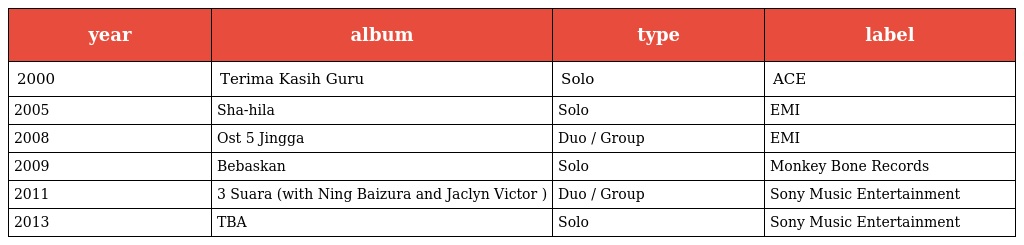
| year | album | type | label |
 | --- | --- | --- | --- |
 | 2000 | Terima Kasih Guru | Solo | ACE |
 | 2005 | Sha-hila | Solo | EMI |
 | 2008 | Ost 5 Jingga | Duo / Group | EMI |
 | 2009 | Bebaskan | Solo | Monkey Bone Records |
 | 2011 | 3 Suara (with Ning Baizura and Jaclyn Victor ) | Duo / Group | Sony Music Entertainment |
 | 2013 | TBA | Solo | Sony Music Entertainment |